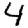
Digit: 4